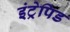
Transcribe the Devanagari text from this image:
इंट्रेपिड